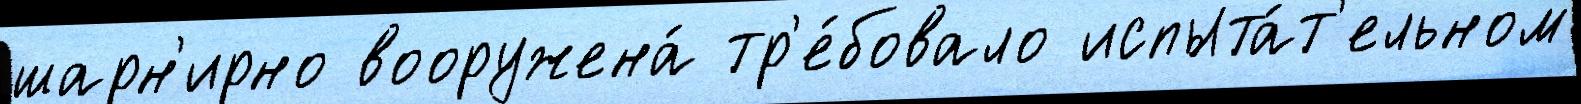
шарн'ирно вооружена́ тр'е́бовало испыта́т'ельном